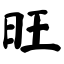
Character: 旺